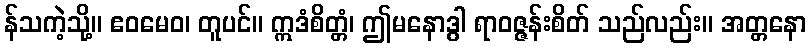
န်သကဲ့သို့။ ဧဝမေဝ၊ တူပင်။ ဣဒံစိတ္တံ၊ ဤမနောဒွါ ရာဝဇ္ဇန်းစိတ် သည်လည်း။ အတ္တနော